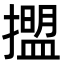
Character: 擝